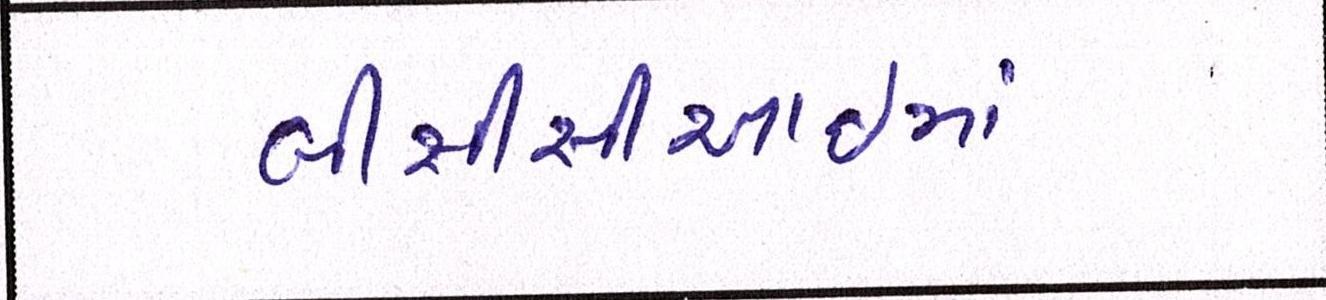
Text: બીસીસીઆઈમાં